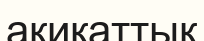
ақиқаттық